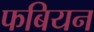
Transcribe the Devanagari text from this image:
फबियन